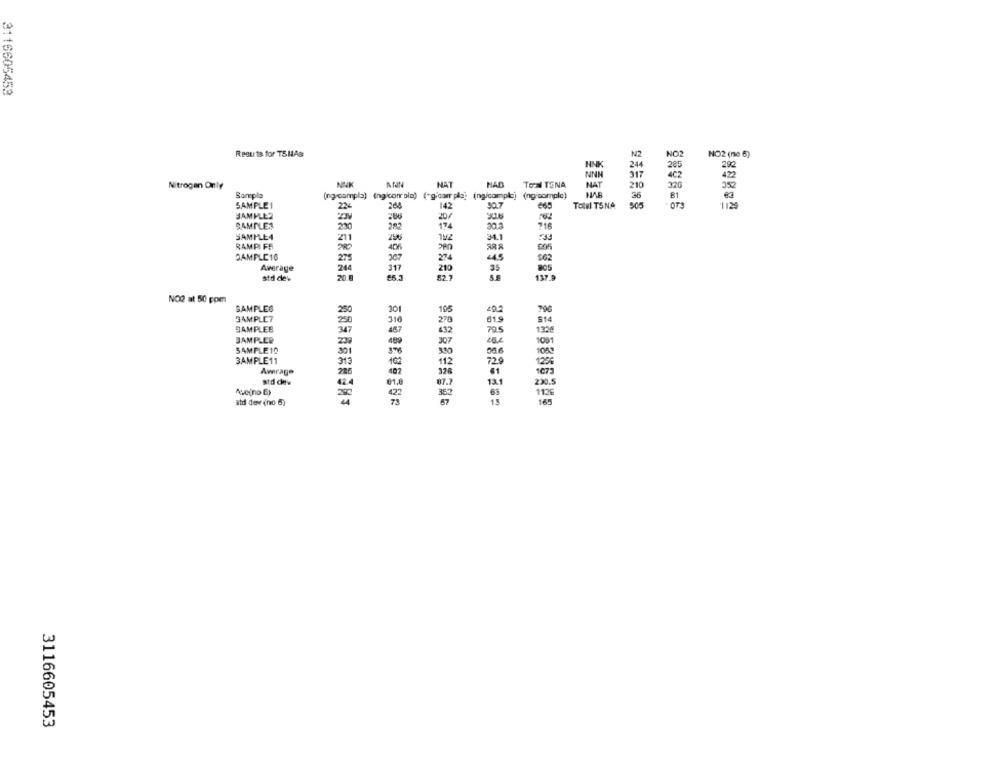
3116605453
NO2 (no 6)
Resuts for TSHAB
N2
NO2
NNK
244
290
NNN
317
4C
HAD
Nitrogen Only
NUK
NAT
TON TENA
NAT
210
320
Sonple
(ng campla)
(ngicorrala) (-gicarr pla] (ng/comple) (ngisample)
56
81
SAMPLEI
224
142
30.7
465
Total TSNA
505
SAMPLES
20/
SAMPLES
210
285
174
20.3
716
SAMPLE4
211
34.1
:33
RAMPI F5
406
SAMPLE16
275
367
274
445
317
35
805
Average
244
210
std dew
20.0
137.9
NO2 at 50 ppm
SAMPLES
250
195
790
3AMPLC7
250
31
270
81.9
$14
SAMPLEE
705
347
487
432
SAMPLER
239
489
307
46.4
1081
SAMPLE10
301
376
1063
330
3AMPLE11
313
102
112
72.9
125%
Average
286
402
328
81
1673
std dew
2.4
87.7
230.
Accino E)
422
352
atd dev (no 6)
4
73
57
13
165
3116605453